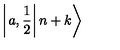
\left| \left. a , \frac { 1 } { 2 } \right| n + k \right\rangle